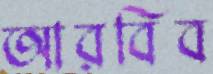
আরবিব